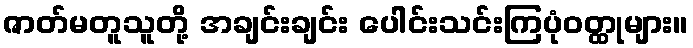
ဇာတ်မတူသူတို့ အချင်းချင်း ပေါင်းသင်းကြပုံဝတ္ထုများ။